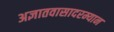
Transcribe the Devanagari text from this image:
अज्ञातवासादरम्यान